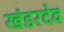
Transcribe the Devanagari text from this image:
खंडरदेव